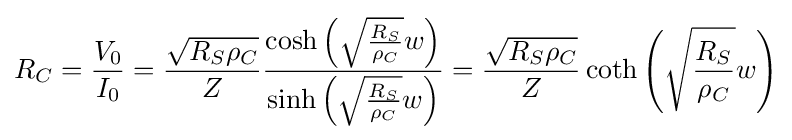
R_{C}={\frac {V_{0}}{I_{0}}}={\frac {\sqrt {R_{S}\rho _{C}}}{Z}}{\frac {\cosh {\left({\sqrt {\frac {R_{S}}{\rho _{C}}}}w\right)}}{\sinh {\left({\sqrt {\frac {R_{S}}{\rho _{C}}}}w\right)}}}={\frac {\sqrt {R_{S}\rho _{C}}}{Z}}\coth {\left({\sqrt {\frac {R_{S}}{\rho _{C}}}}w\right)}